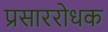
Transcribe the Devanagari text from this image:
प्रसाररोधक